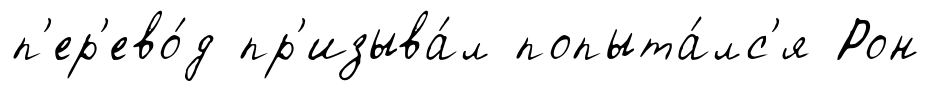
п'ер'ево́д пр'изыва́л попыта́лс'я Рон